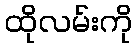
ထိုလမ်းကို